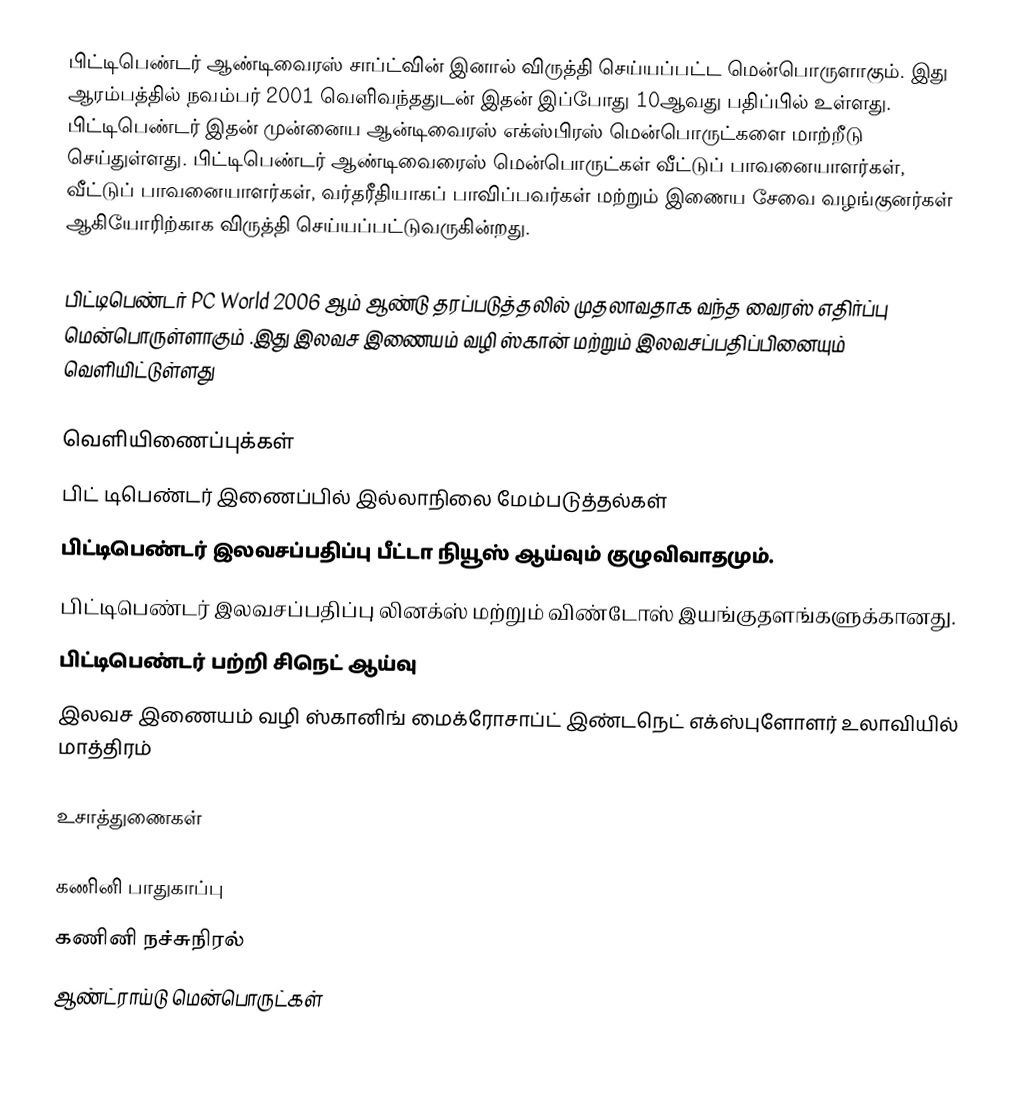
பிட்டிபெண்டர் ஆண்டிவைரஸ் சாப்ட்வின் இனால் விருத்தி செய்யப்பட்ட மென்பொருளாகும். இது ஆரம்பத்தில் நவம்பர் 2001 வெளிவந்ததுடன் இதன் இப்போது 10ஆவது பதிப்பில் உள்ளது. பிட்டிபெண்டர் இதன் முன்னைய ஆன்டிவைரஸ் எக்ஸ்பிரஸ் மென்பொருட்களை மாற்றீடு செய்துள்ளது. பிட்டிபெண்டர் ஆண்டிவைரைஸ் மென்பொருட்கள் வீட்டுப் பாவனையாளர்கள், வீட்டுப் பாவனையாளர்கள், வர்தரீதியாகப் பாவிப்பவர்கள் மற்றும் இணைய சேவை வழங்குனர்கள் ஆகியோரிற்காக விருத்தி செய்யப்பட்டுவருகின்றது.

பிட்டிபெண்டர் PC World 2006 ஆம் ஆண்டு தரப்படுத்தலில் முதலாவதாக வந்த வைரஸ் எதிர்ப்பு மென்பொருள்ளாகும் .இது இலவச இணையம் வழி ஸ்கான் மற்றும் இலவசப்பதிப்பினையும் வெளியிட்டுள்ளது

வெளியிணைப்புக்கள்
 பிட் டிபெண்டர் இணைப்பில் இல்லாநிலை மேம்படுத்தல்கள்
 பிட்டிபெண்டர் இலவசப்பதிப்பு பீட்டா நியூஸ் ஆய்வும் குழுவிவாதமும்.
 பிட்டிபெண்டர் இலவசப்பதிப்பு  லினக்ஸ் மற்றும் விண்டோஸ் இயங்குதளங்களுக்கானது.
 பிட்டிபெண்டர் பற்றி சிநெட் ஆய்வு
 இலவச இணையம் வழி ஸ்கானிங்  மைக்ரோசாப்ட் இண்டநெட் எக்ஸ்புளோளர் உலாவியில் மாத்திரம்

உசாத்துணைகள்

கணினி பாதுகாப்பு
கணினி நச்சுநிரல்
ஆண்ட்ராய்டு மென்பொருட்கள்